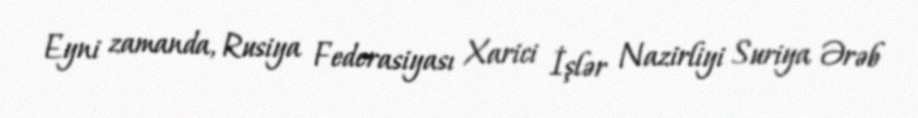
Eyni zamanda, Rusiya Federasiyası Xarici İşlər Nazirliyi Suriya Ərəb